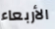
الأربعاء